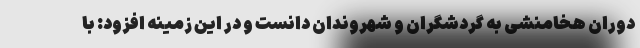
دوران هخامنشی به گردشگران و شهروندان دانست و در این زمینه افزود: با